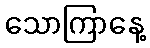
သောကြာနေ့